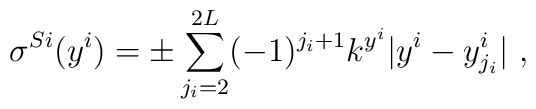
\sigma^{Si} (y^i) = \pm \sum_{j_i=2}^{2 L } (-1)^{j_i+1} k^{y^i} |y^i-y^i_{j_i}|  ~,~\,